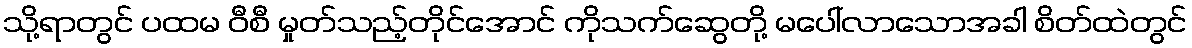
သို့ရာတွင် ပထမ ဝီစီ မှုတ်သည့်တိုင်အောင် ကိုသက်ဆွေတို့ မပေါ်လာသောအခါ စိတ်ထဲတွင်